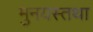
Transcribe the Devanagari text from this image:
मुनयस्तथा